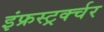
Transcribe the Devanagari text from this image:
इंफ्रस्ट्रर्क्चर